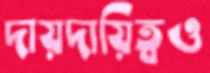
দায়দায়িত্বও